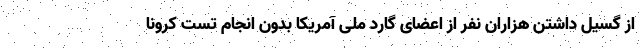
از گسیل داشتن هزاران نفر از اعضای گارد ملی آمریکا بدون انجام تست کرونا